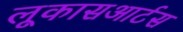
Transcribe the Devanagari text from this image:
लूकासआर्टस